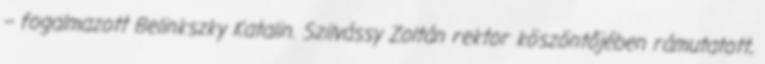
– fogalmazott Belinkszky Katalin. Szilvássy Zoltán rektor köszöntőjében rámutatott,